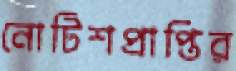
নোটিশপ্রাপ্তির